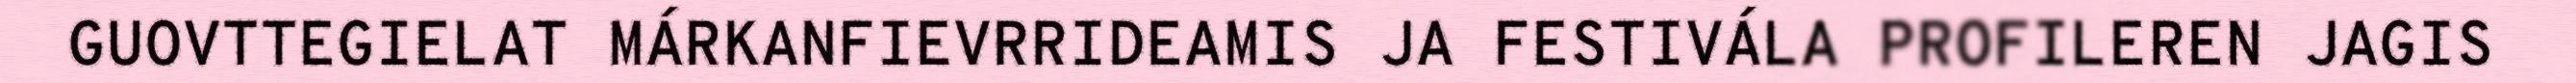
GUOVTTEGIELAT MÁRKANFIEVRRIDEAMIS JA FESTIVÁLA PROFILEREN JAGIS